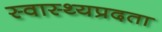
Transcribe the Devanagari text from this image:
स्वास्थ्यप्रदता